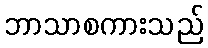
ဘာသာစကားသည်